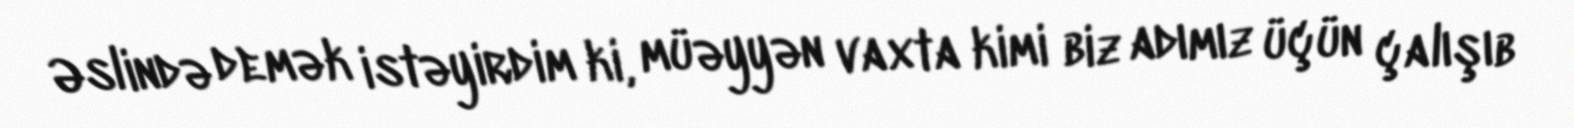
Əslində demək istəyirdim ki, müəyyən vaxta kimi biz adımız üçün çalışıb